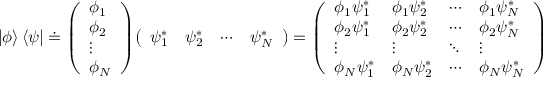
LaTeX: | \phi \rangle \, \langle \psi | \doteq { \left( \begin{array} { l } { \phi _ { 1 } } \\ { \phi _ { 2 } } \\ { \vdots } \\ { \phi _ { N } } \end{array} \right) } { \left( \begin{array} { l l l l } { \psi _ { 1 } ^ { * } } & { \psi _ { 2 } ^ { * } } & { \cdots } & { \psi _ { N } ^ { * } } \end{array} \right) } = { \left( \begin{array} { l l l l } { \phi _ { 1 } \psi _ { 1 } ^ { * } } & { \phi _ { 1 } \psi _ { 2 } ^ { * } } & { \cdots } & { \phi _ { 1 } \psi _ { N } ^ { * } } \\ { \phi _ { 2 } \psi _ { 1 } ^ { * } } & { \phi _ { 2 } \psi _ { 2 } ^ { * } } & { \cdots } & { \phi _ { 2 } \psi _ { N } ^ { * } } \\ { \vdots } & { \vdots } & { \ddots } & { \vdots } \\ { \phi _ { N } \psi _ { 1 } ^ { * } } & { \phi _ { N } \psi _ { 2 } ^ { * } } & { \cdots } & { \phi _ { N } \psi _ { N } ^ { * } } \end{array} \right) }